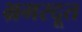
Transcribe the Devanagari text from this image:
भ्रमरदूत